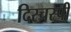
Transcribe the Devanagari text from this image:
दिस्चस्पी